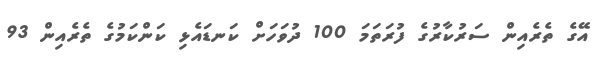
އޭގެ ތެރެއިން ސަރުކާރުގެ ފުރަތަމަ 100 ދުވަހަށް ކަނޑައެޅި ކަންކަމުގެ ތެރެއިން 93